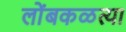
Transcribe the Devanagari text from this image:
लोंबकळत्या